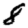
Digit: 8